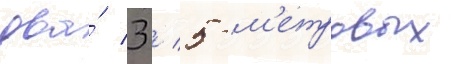
два́ 3 / 5-м'етровых